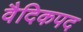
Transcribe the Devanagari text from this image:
वैदिकपद